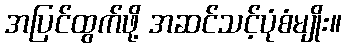
အပြင်ထွက်ဖို့ အဆင်သင့်ပုံစံမျိုး။